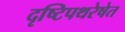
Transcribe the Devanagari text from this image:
दृष्टिपथरेषेत